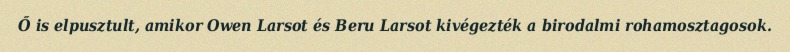
Ő is elpusztult, amikor Owen Larsot és Beru Larsot kivégezték a birodalmi rohamosztagosok.